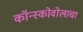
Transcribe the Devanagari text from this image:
कॉन्स्कोवोलाचा